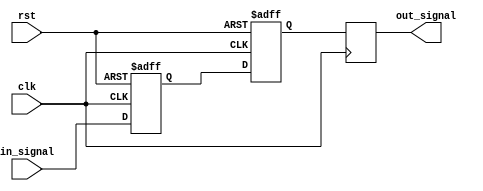
module two_flop_synchronizer (
    input wire clk,
    input wire rst,
    input wire in_signal,
    output reg out_signal
);

reg ff1;
reg ff2;

always @(posedge clk or posedge rst) begin
    if (rst) begin
        ff1 <= 1'b0;
        ff2 <= 1'b0;
    end else begin
        ff1 <= in_signal;
        ff2 <= ff1;
    end
end

always @(posedge clk) begin
    out_signal <= ff2;
end

endmodule